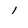
Character: I